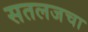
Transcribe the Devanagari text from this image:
सतलजचा